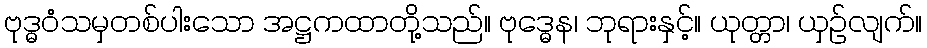
ဗုဒ္ဓဝံသမှတစ်ပါးသော အဋ္ဌကထာတို့သည်။ ဗုဒ္ဓေန၊ ဘုရားနှင့်။ ယုတ္တာ၊ ယှဉ်လျက်။